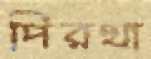
পিরথা